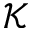
\mathcal { K }